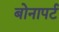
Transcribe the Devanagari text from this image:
बोनापर्ट